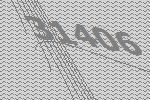
31406